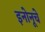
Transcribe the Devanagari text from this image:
इनोनूचे